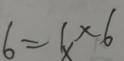
6 = 1 \times 6